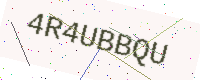
Text: 4R4UBBQU